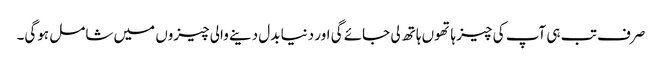
صرف تب ہی آپ کی چیز ہاتھوں ہاتھ لی جائے گی اور دنیا بدل دینے والی چیزوں میں شامل ہوگی۔